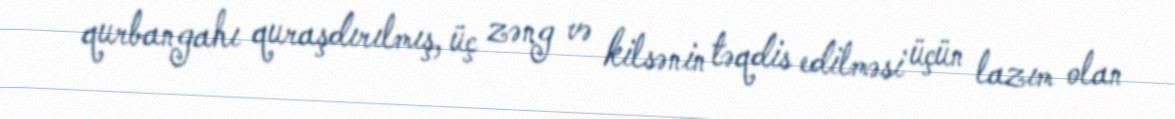
qurbangahı quraşdırılmış, üç zəng və kilsənin təqdis edilməsi üçün lazım olan